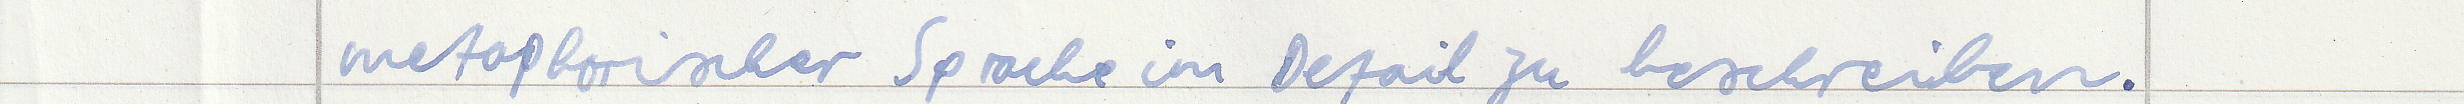
metaphorischer Sprache im Detail zu beschreiben.